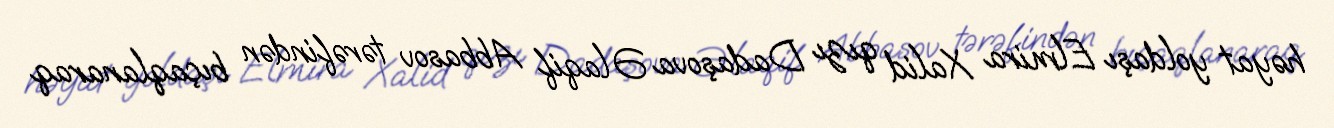
həyat yoldaşı Elmira Xalid qızı Dadaşova Əlaqif Abbasov tərəfindən bıçaqlanaraq